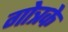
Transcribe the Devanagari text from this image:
गोत्रके